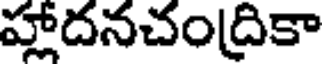
హాదనచంద్రికా